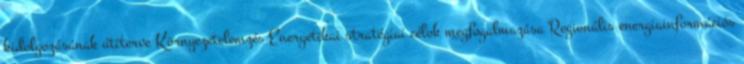
kidolgozásának útiterve Környezetelemzés Energetikai stratégiai célok megfogalmazása Regionális energiainformációs